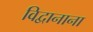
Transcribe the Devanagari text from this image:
विद्वानाना